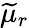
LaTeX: \widetilde{\mu}_{r}